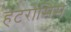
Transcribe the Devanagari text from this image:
हेटरोसिस